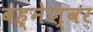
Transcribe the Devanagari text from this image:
बह्नेश्वर